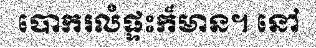
បោករលំផ្ទះក៏មាន។ នៅ